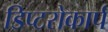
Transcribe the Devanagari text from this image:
डिप्टरोकार्प